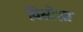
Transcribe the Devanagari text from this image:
विसोज़ा